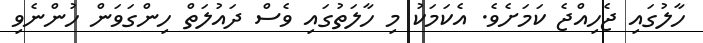
ހާލުގައި ޖެހިއްޖެ ކަމަށެވެ. އެކަމަކު މި ހާލަތުގައި ވެސް ދައުލަތް ހިންގަވަން ހުންނެވި